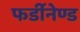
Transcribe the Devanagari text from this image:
फर्डीनेण्ड